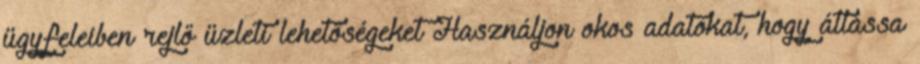
ügyfeleiben rejlő üzleti lehetőségeket Használjon okos adatokat, hogy átlássa